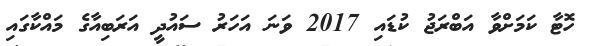
ހޮޓާ ކަމަށްވާ އަބްރަޖު ކުޑައި 2017 ވަނަ އަހަރު ސައުދީ އަރަބިއާގެ މައްކާގައި